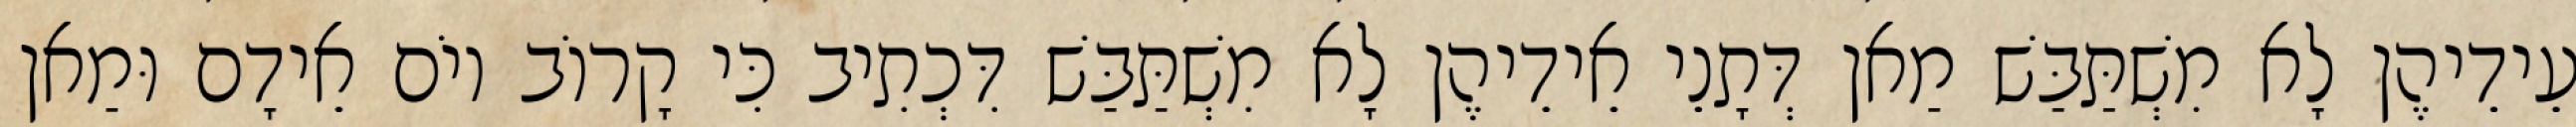
עֵידֵיהֶן לָא מִשְׁתַּבַּשׁ מַאן דְּתָנֵי אֵידֵיהֶן לָא מִשְׁתַּבַּשׁ דִּכְתִיב כִּי קָרוֹב יוֹם אֵידָם וּמַאן